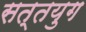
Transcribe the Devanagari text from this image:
सत्तयुग